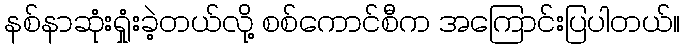
နစ်နာဆုံးရှုံးခဲ့တယ်လို့ စစ်ကောင်စီက အကြောင်းပြပါတယ်။